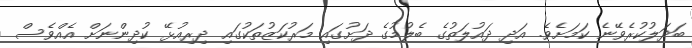
ބަދަލުކުރެވޭނެ ކަމަށެވެ. އަދި ދައުލަތުގެ ބެލުމުގެ ދަށުގައި މަރުކަޒުތަކުގައި ދިރިއުޅޭ ކުދިންނަށް އެއްވެސް